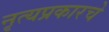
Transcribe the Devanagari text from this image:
नृत्यप्रकारचे